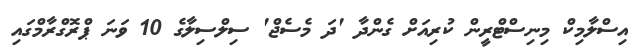
އިސްލާމިކް މިނިސްޓްރީން ކުރިއަށް ގެންދާ 'ދަ މެސެޖް' ސިލްސިލާގެ 10 ވަނަ ޕްރޮގްރާމްގައި